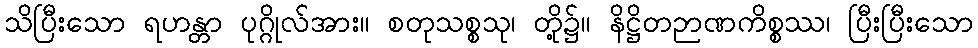
သိပြီးသော ရဟန္တာ ပုဂ္ဂိုလ်အား။ စတုသစ္စသု၊ တို့၌။ နိဋ္ဌိတဉာဏကိစ္စဿ၊ ပြီးပြီးသော